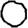
Digit: 0